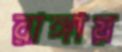
রাঙ্গায়